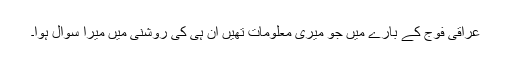
عراقی فوج کے بارے میں جو میری معلومات تھیں اُن ہی کی روشنی میں میرا سوال ہوا۔